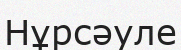
Нұрсәуле